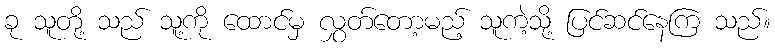
ခု သူတို့ သည် သူ့ကို ထောင်မှ လွှတ်တော့မည့် သူကဲ့သို့ ပြင်ဆင်နေကြ သည်။